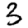
Digit: 3